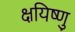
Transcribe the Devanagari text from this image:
क्षयिष्णु